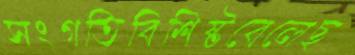
সংগতিবিশিষ্টবেলেছ